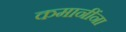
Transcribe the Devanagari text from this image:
कमानींना